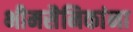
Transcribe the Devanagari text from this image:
भीमसैनिकांना